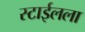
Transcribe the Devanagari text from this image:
स्टाईलला